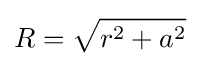
R={\sqrt {r^{2}+a^{2}}}